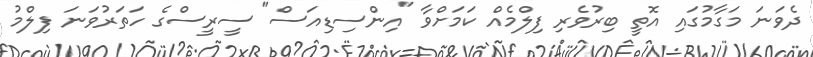
ދެވަނަ މަގާމުގައި އޮތީ ބިރުވެރި ފިލްމެއް ކަމަށްވާ "އިންސިޑިއަސް" ސީރީސްގެ ހަތަރުވަނަ ފިލްމު